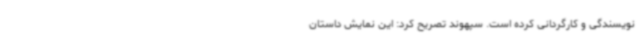
نویسندگی و کارگردانی کرده است. سپهوند تصریح کرد: این نمایش داستان